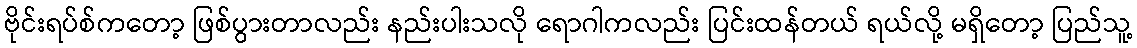
ဗိုင်းရပ်စ်ကတော့ ဖြစ်ပွားတာလည်း နည်းပါးသလို ရောဂါကလည်း ပြင်းထန်တယ် ရယ်လို့ မရှိတော့ ပြည်သူ့